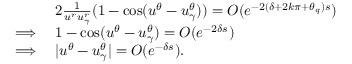
\begin{array} { r l } & { 2 \frac { 1 } { u ^ { r } u _ { \gamma } ^ { r } } ( 1 - \cos ( u ^ { \theta } - u _ { \gamma } ^ { \theta } ) ) = O ( e ^ { - 2 ( \delta + 2 k \pi + \theta _ { q } ) s } ) } \\ { \implies } & { 1 - \cos ( u ^ { \theta } - u _ { \gamma } ^ { \theta } ) = O ( e ^ { - 2 \delta s } ) } \\ { \implies } & { | u ^ { \theta } - u _ { \gamma } ^ { \theta } | = O ( e ^ { - \delta s } ) . } \end{array}